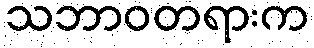
သဘာဝတရားက